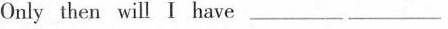
Only then will I have ___ ___